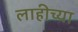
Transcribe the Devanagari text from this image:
लाहीच्या